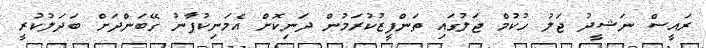
ރައީސް ނަޝީދު ޖަލު ހުކުމް ޖަލުގައި ތަންފީޒުކުރަމުން ދަނިކޮށް އެމަނިކުފާނު ގޭބަންދަށް ބަދަލުކުރީ